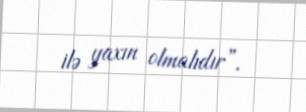
ilə yaxın olmalıdır”.